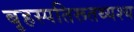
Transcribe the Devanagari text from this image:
बृहस्पतिरूतथ्यश्य